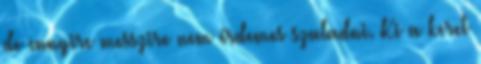
de ennyire messzire nem érdemes szaladni. Ki a keret